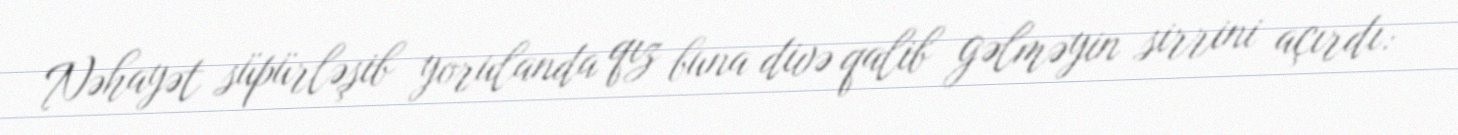
Nəhayət süpürləşib yorulanda qız buna divə qalib gəlməyin sirrini açırdı: